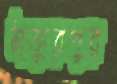
ঠাকুরপুর